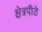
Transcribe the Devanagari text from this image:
क्षेत्रपीठे